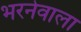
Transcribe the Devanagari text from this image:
भरनेवाला